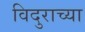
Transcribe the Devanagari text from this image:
विदुराच्या